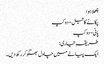
چِھلا ہوا
پکانے کا تیل- دو کپ
پانی- دو کپ
طریقہِ تیاری:
ایک پیالے میں چاول بھگو کر رکھ دیں۔